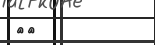
١٦